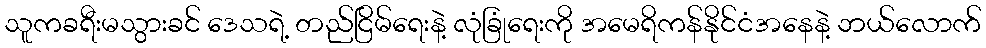
သူကခရီးမသွားခင် ဒေသရဲ့ တည်ငြိမ်ရေးနဲ့ လုံခြုံရေးကို အမေရိကန်နိုင်ငံအနေနဲ့ ဘယ်လောက်